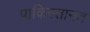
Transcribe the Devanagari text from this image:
पाकिस्तानत